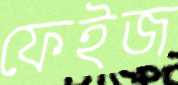
ফেইজ